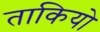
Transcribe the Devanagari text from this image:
ताकियो